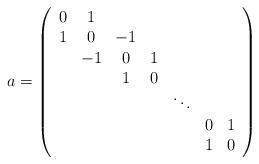
LaTeX: \begin{align*}a = \left( \begin{array}{ccccccc}0 & 1 \cr1 & 0 & -1 \cr& -1 & 0 & 1 \cr&& 1 & 0 \cr&&&& \ddots \cr&&&&& 0 & 1 \cr&&&&& 1 & 0 \cr\end{array} \right)\end{align*}